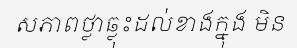
សភាពថ្លាឆ្លុះដល់ខាងក្នុង មិន